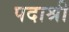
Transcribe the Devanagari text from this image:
पदाश्री